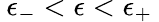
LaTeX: \: \epsilon_{-}<\epsilon<\epsilon_{+}\: